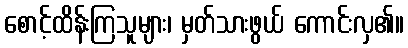
စောင့်ထိန်းကြသူများ၊ မှတ်သားဖွယ် ကောင်းလှ၏။